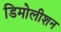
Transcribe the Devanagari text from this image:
डिमोलीशन